Civil Veterinary Dept. Bombay admin report 1932-41 - 1932-1941
Year: 1932
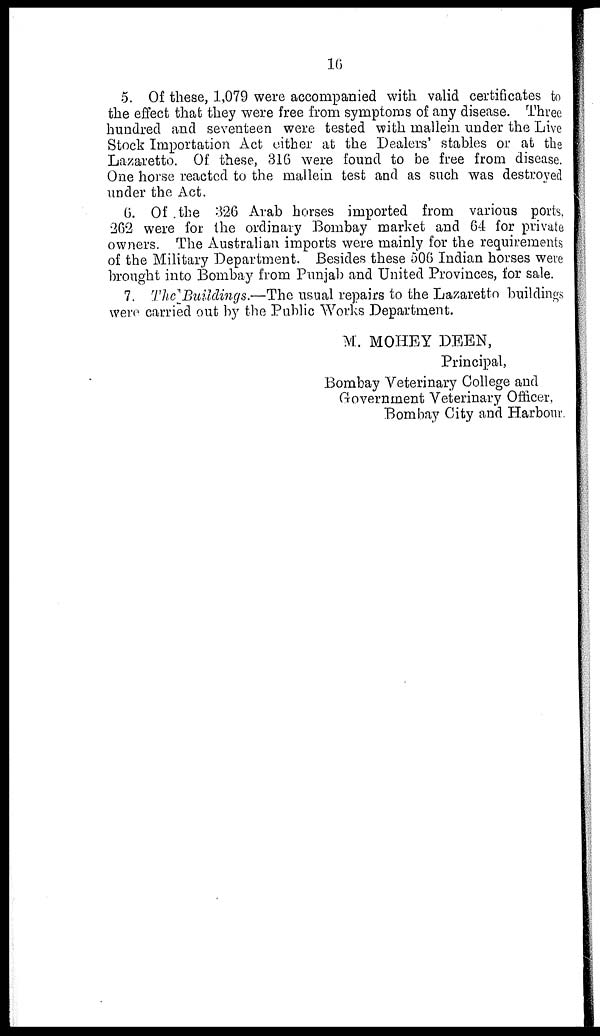
16
5. Of these, 1,079 were accompanied with valid certificates to
the effect that they were free from symptoms of any disease. Three
hundred and seventeen were tested with mallein under the Live
Stock Importation Act either at the Dealers' stables or at the
Lazaretto. Of these, 316 were found to be free from disease.
One horse reacted to the mallein test and as such was destroyed
under the Act.
6. Of the 326 Arab horses imported from various ports,
262 were for the ordinary Bombay market and 64 for private
owners. The Australian imports were mainly for the requirements
of the Military Department. Besides these 506 Indian horses were
brought into Bombay from Punjab and United Provinces, for sale.
7. The Buildings.—The usual repairs to the Lazaretto buildings
were carried out by the Public Works Department.
M. MOHEY DEEN,
Principal,
Bombay Veterinary College and
Government Veterinary Officer,
Bombay City and Harbour.